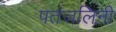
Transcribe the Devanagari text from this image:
पतंजलिनी